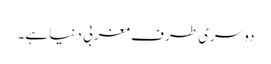
دوسری طرف مغربی دنیا ہے۔